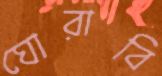
ঘোরাবি